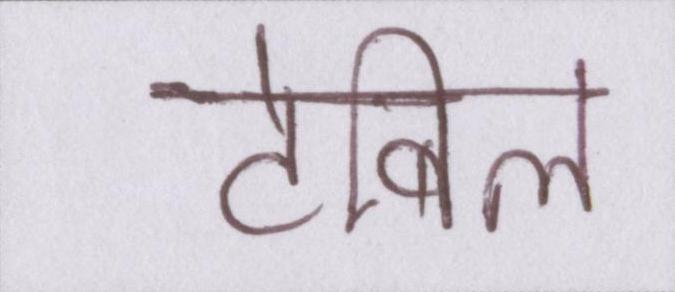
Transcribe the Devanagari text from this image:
टेबिल